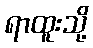
ရာထူးသို့